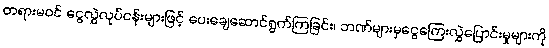
တရားမဝင် ငွေလွှဲလုပ်ငန်းများဖြင့် ပေးချေဆောင်ရွက်ကြခြင်း၊ ဘဏ်များမှငွေကြေးလွှဲပြောင်းမှုများကို